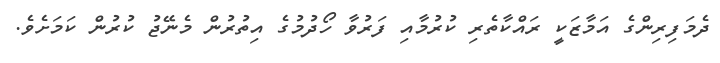
ދެމަފިރިންގެ އަމާޒަކީ ރައްކާތެރި ކުރުމާއި ފަރުވާ ހޯދުމުގެ އިތުރުން މެނޭޖު ކުރުން ކަމަށެވެ.